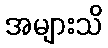
အများသိ